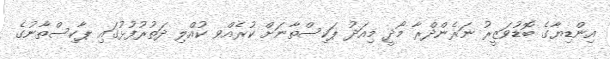
އިންޑިޔާގެ ބޮޑުވަޒީރު ނަރެންދްރާ މޯދީ މިއަދު ޕަކިސްތާނަށް ކުރެއްވ ކުއްލި ދަތުރުފުޅުގައި ޕާކިސްތާނުގެ